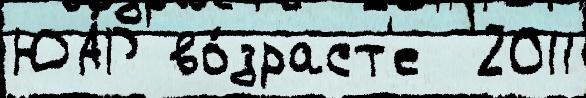
ЮА́Р во́зраст'е  2011